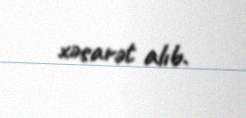
xəsarət alıb.